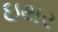
ઇથર